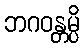
ဘဂဝန္တမ္ပိ